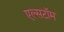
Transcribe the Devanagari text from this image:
एल्सटॉम